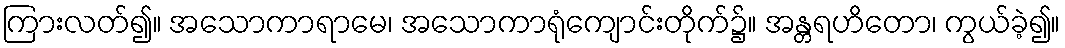
ကြားလတ်၍။ အသောကာရာမေ၊ အသောကာရုံကျောင်းတိုက်၌။ အန္တရဟိတော၊ ကွယ်ခဲ့၍။